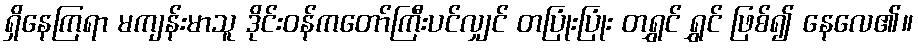
ရှိနေကြရာ မကျန်းမာသူ ဒိုင်းဝန်ကတော်ကြီးပင်လျှင် တပြုံးပြုံး တရွှင် ရွှင် ဖြစ်၍ နေလေ၏။